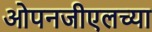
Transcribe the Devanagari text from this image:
ओपनजीएलच्या